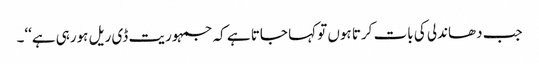
جب دھاندلی کی بات کرتا ہوں تو کہا جاتا ہے کہ جمہوریت ڈی ریل ہورہی ہے‘‘۔